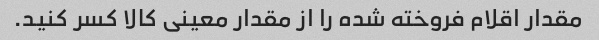
مقدار اقلام فروخته شده را از مقدار معینی کالا کسر کنید.